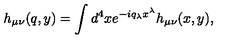
h _ { \mu \nu } ( q , y ) = \int d ^ { 4 } x e ^ { - i q _ { \lambda } x ^ { \lambda } } h _ { \mu \nu } ( x , y ) ,